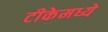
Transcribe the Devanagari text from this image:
टीकेमध्ये